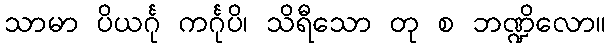
သာမာ ပိယင်္ဂု ကင်္ဂုပိ၊ သိရီသော တု စ ဘဏ္ဍိလော။